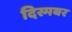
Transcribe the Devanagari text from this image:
दिस्मबर